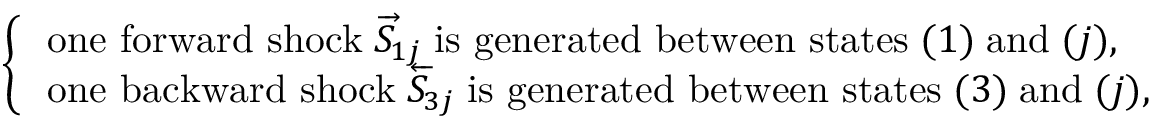
\left\{ \begin{array} { l l } { \, \mathrm { o n e ~ f o r w a r d ~ s h o c k } \; \overrightarrow { S } \! _ { 1 j } \; \mathrm { i s ~ g e n e r a t e d ~ b e t w e e n ~ s t a t e s } \; ( 1 ) \; \mathrm { a n d } \; ( j ) , } \\ { \, \mathrm { o n e ~ b a c k w a r d ~ s h o c k } \; \overleftarrow { S } \! _ { 3 j } \; \mathrm { i s ~ g e n e r a t e d ~ b e t w e e n ~ s t a t e s } \; ( 3 ) \; \mathrm { a n d } \; ( j ) , } \end{array} \right.